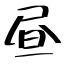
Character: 昼